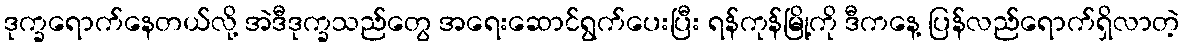
ဒုက္ခရောက်နေတယ်လို့ အဲဒီဒုက္ခသည်တွေ အရေးဆောင်ရွက်ပေးပြီး ရန်ကုန်မြို့ကို ဒီကနေ့ ပြန်လည်ရောက်ရှိလာတဲ့